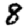
Digit: 8